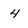
Character: 4